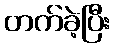
တက်ခဲ့ပြီး